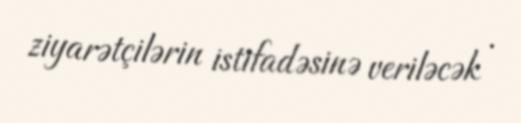
ziyarətçilərin istifadəsinə veriləcək .